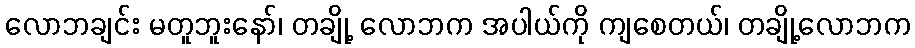
လောဘချင်း မတူဘူးနော်၊ တချို့ လောဘက အပါယ်ကို ကျစေတယ်၊ တချို့လောဘက